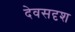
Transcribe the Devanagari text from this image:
देवसदृश